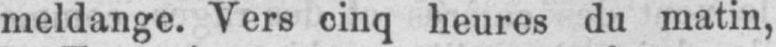
meldange. Vers cinq heures du matin,